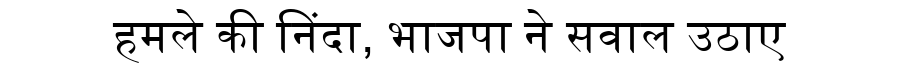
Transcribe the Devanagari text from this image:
हमले की निंदा, भाजपा ने सवाल उठाए